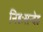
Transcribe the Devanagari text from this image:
निहःसन्देह